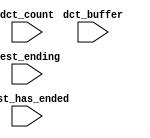
module SOC_NIOS_II_oci_test_bench (
                                    // inputs:
                                     dct_buffer,
                                     dct_count,
                                     test_ending,
                                     test_has_ended
                                  )
;

  input   [ 29: 0] dct_buffer;
  input   [  3: 0] dct_count;
  input            test_ending;
  input            test_has_ended;


endmodule